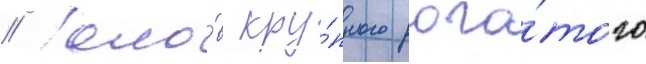
// Голо́в кру́пного рога́того